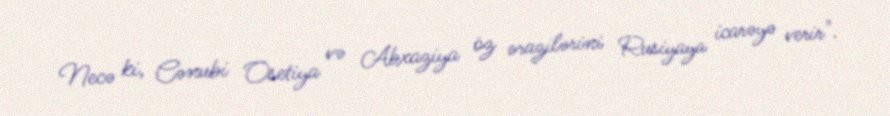
Necə ki, Cənubi Osetiya və Abxaziya öz ərazilərini Rusiyaya icarəyə verir".